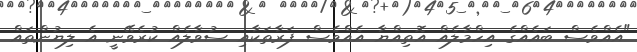
"އެއްވެސް ބައެއްގެ އިހްމާލެއް އޮތިއްޔާ އެއްވެސް ފަރާތަކާއި ސުވާލެއް ކުރެވޭނީ އެ ލިޔުންތައް